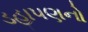
ડહાપણનો